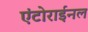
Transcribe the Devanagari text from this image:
एंटोराईनल